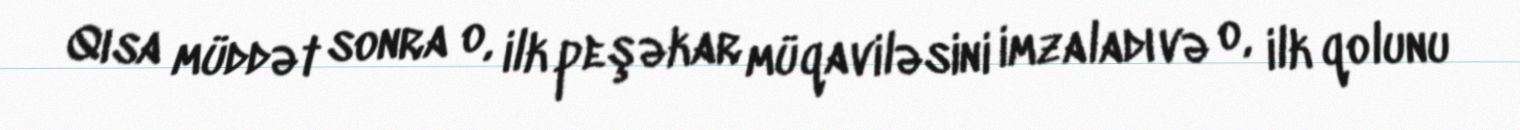
Qısa müddət sonra o, ilk peşəkar müqaviləsini imzaladı və o, ilk qolunu